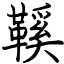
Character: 鞵